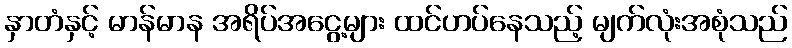
နှာတံနှင့် မာန်မာန အရိပ်အငွေ့များ ထင်ဟပ်နေသည့် မျက်လုံးအစုံသည်